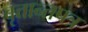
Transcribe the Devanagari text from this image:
वृत्तान्तपत्र